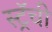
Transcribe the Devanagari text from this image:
स्ट्रॅची